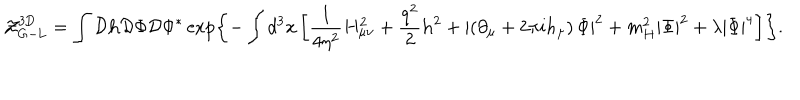
LaTeX: { \cal Z } _ { \mathrm { G - L } } ^ { \mathrm { 3 D } } = \int { \cal D } { \bf h } { \cal D } \Phi { \cal D } \Phi ^ { * } \exp \left\{ - \int d ^ { 3 } x \left[ \frac { 1 } { 4 \eta ^ { 2 } } H _ { \mu \nu } ^ { 2 } + \frac { q ^ { 2 } } { 2 } { \bf h } ^ { 2 } + \left| \left( \partial _ { \mu } + 2 \pi i h _ { \mu } \right) \Phi \right| ^ { 2 } + m _ { H } ^ { 2 } \left| \Phi \right| ^ { 2 } + \lambda \left| \Phi \right| ^ { 4 } \right] \right\} .